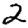
Digit: 2